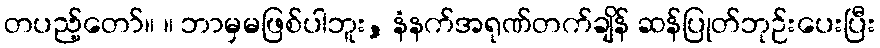
တပည့်တော်။ ။ ဘာမှမဖြစ်ပါဘူး, နံနက်အရုဏ်တက်ချိန် ဆန်ပြုတ်ဘုဉ်းပေးပြီး